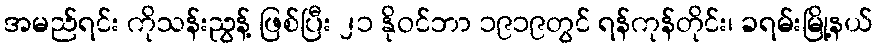
အမည်ရင်း ကိုသန်းညွန့် ဖြစ်ပြီး ၂၁ နိုဝင်ဘာ ၁၉၁၉တွင် ရန်ကုန်တိုင်း၊ ခရမ်းမြို့နယ်